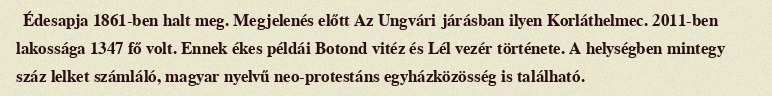
Édesapja 1861-ben halt meg. Megjelenés előtt Az Ungvári járásban ilyen Korláthelmec. 2011-ben lakossága 1347 fő volt. Ennek ékes példái Botond vitéz és Lél vezér története. A helységben mintegy száz lelket számláló, magyar nyelvű neo-protestáns egyházközösség is található.